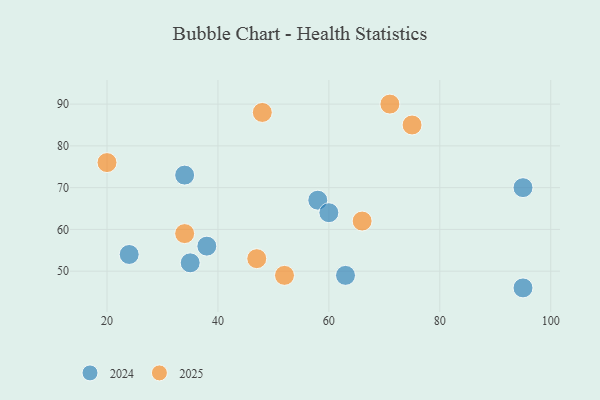
{"axis": {"x": "GDP", "y": "Life Expectancy"}, "legend": ["2024", "2025"], "data": [{"x": "95", "y": 70, "type": "2024"}, {"x": "34", "y": 73, "type": "2024"}, {"x": "35", "y": 52, "type": "2024"}, {"x": "38", "y": 56, "type": "2024"}, {"x": "24", "y": 54, "type": "2024"}, {"x": "58", "y": 67, "type": "2024"}, {"x": "95", "y": 46, "type": "2024"}, {"x": "63", "y": 49, "type": "2024"}, {"x": "60", "y": 64, "type": "2024"}, {"x": "66", "y": 62, "type": "2025"}, {"x": "52", "y": 49, "type": "2025"}, {"x": "75", "y": 85, "type": "2025"}, {"x": "47", "y": 53, "type": "2025"}, {"x": "34", "y": 59, "type": "2025"}, {"x": "20", "y": 76, "type": "2025"}, {"x": "71", "y": 90, "type": "2025"}, {"x": "48", "y": 88, "type": "2025"}]}